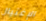
الإغتيال